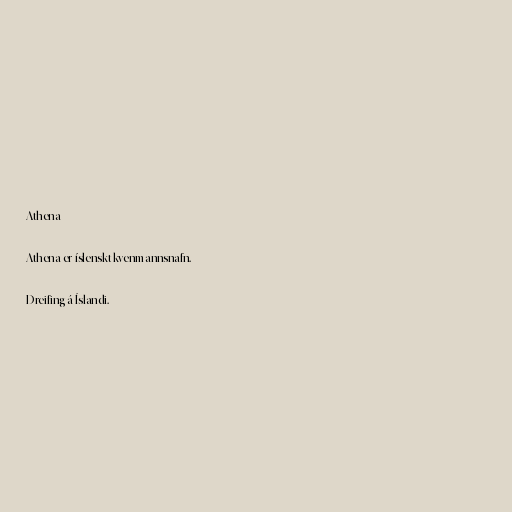
Athena

Athena er íslenskt kvenmannsnafn.

Dreifing á Íslandi.